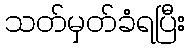
သတ်မှတ်ခံရပြီး